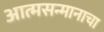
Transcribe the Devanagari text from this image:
आत्मसन्मानाचा